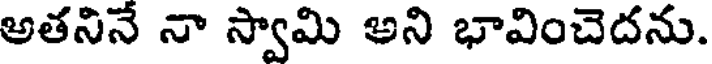
అతనినే నా స్వామి అని భావించెదను.